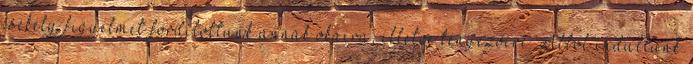
csekély figyelmet fordítottunk annak okaira, illetve tényezőire. Abból indultunk